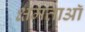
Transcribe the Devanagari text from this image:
क्षमताऑ